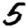
Digit: 5